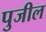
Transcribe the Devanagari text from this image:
पुजील